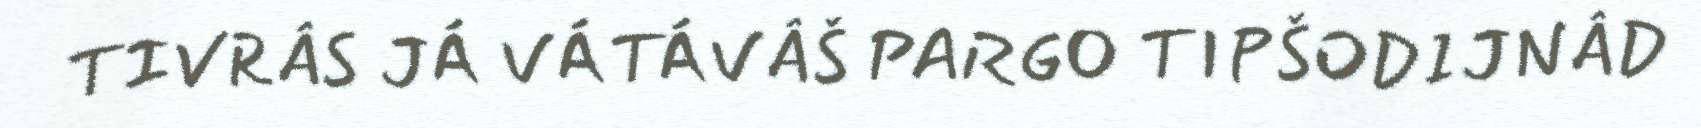
TIVRÂS JÁ VÁTÁVÂŠ PARGO TIPŠODIJNÂD